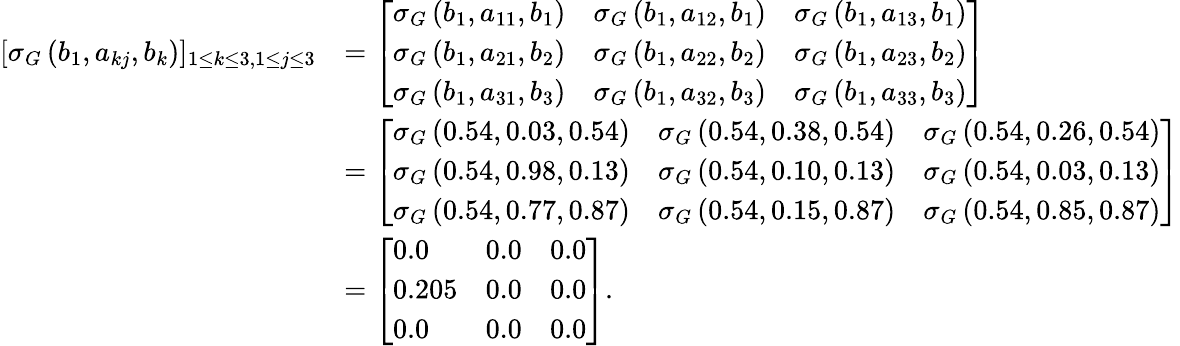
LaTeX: \begin{array}{rl}{[\sigma_{G}\, (b_{1},a_{kj},b_{k})]_{1\leq k\leq 3,1\leq j\leq 3}}&{=\left[\begin{array}{lll}{\sigma_{G}\, (b_{1},a_{11},b_{1})}&{\sigma_{G}\, (b_{1},a_{12},b_{1})}&{\sigma_{G}\, (b_{1},a_{13},b_{1})}\\ {\sigma_{G}\, (b_{1},a_{21},b_{2})}&{\sigma_{G}\, (b_{1},a_{22},b_{2})}&{\sigma_{G}\, (b_{1},a_{23},b_{2})}\\ {\sigma_{G}\, (b_{1},a_{31},b_{3})}&{\sigma_{G}\, (b_{1},a_{32},b_{3})}&{\sigma_{G}\, (b_{1},a_{33},b_{3})}\end{array}\right]}\\ &{=\left[\begin{array}{lll}{\sigma_{G}\, (0.54,0.03,0.54)}&{\sigma_{G}\, (0.54,0.38,0.54)}&{\sigma_{G}\, (0.54,0.26,0.54)}\\ {\sigma_{G}\, (0.54,0.98,0.13)}&{\sigma_{G}\, (0.54,0.10,0.13)}&{\sigma_{G}\, (0.54,0.03,0.13)}\\ {\sigma_{G}\, (0.54,0.77,0.87)}&{\sigma_{G}\, (0.54,0.15,0.87)}&{\sigma_{G}\, (0.54,0.85,0.87)}\end{array}\right]}\\ &{=\left[\begin{array}{lll}{0.0}&{0.0}&{0.0}\\ {0.205}&{0.0}&{0.0}\\ {0.0}&{0.0}&{0.0}\end{array}\right].}\end{array}